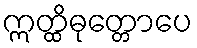
ဣတ္ထိဓုတ္တောပေ